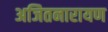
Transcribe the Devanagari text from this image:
अजितनारायण